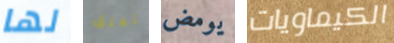
لها تعلق يومض الكيماويات